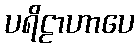
ပရိဠာဟာပေ